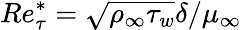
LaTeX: Re_{\tau}^{*}=\sqrt{\rho_{\infty}\tau_{w}}\delta/\mu_{\infty}